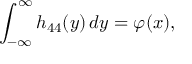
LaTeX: \int _ { - \infty } ^ { \infty } h _ { 4 4 } ( y ) \, d y = \varphi ( x ) ,